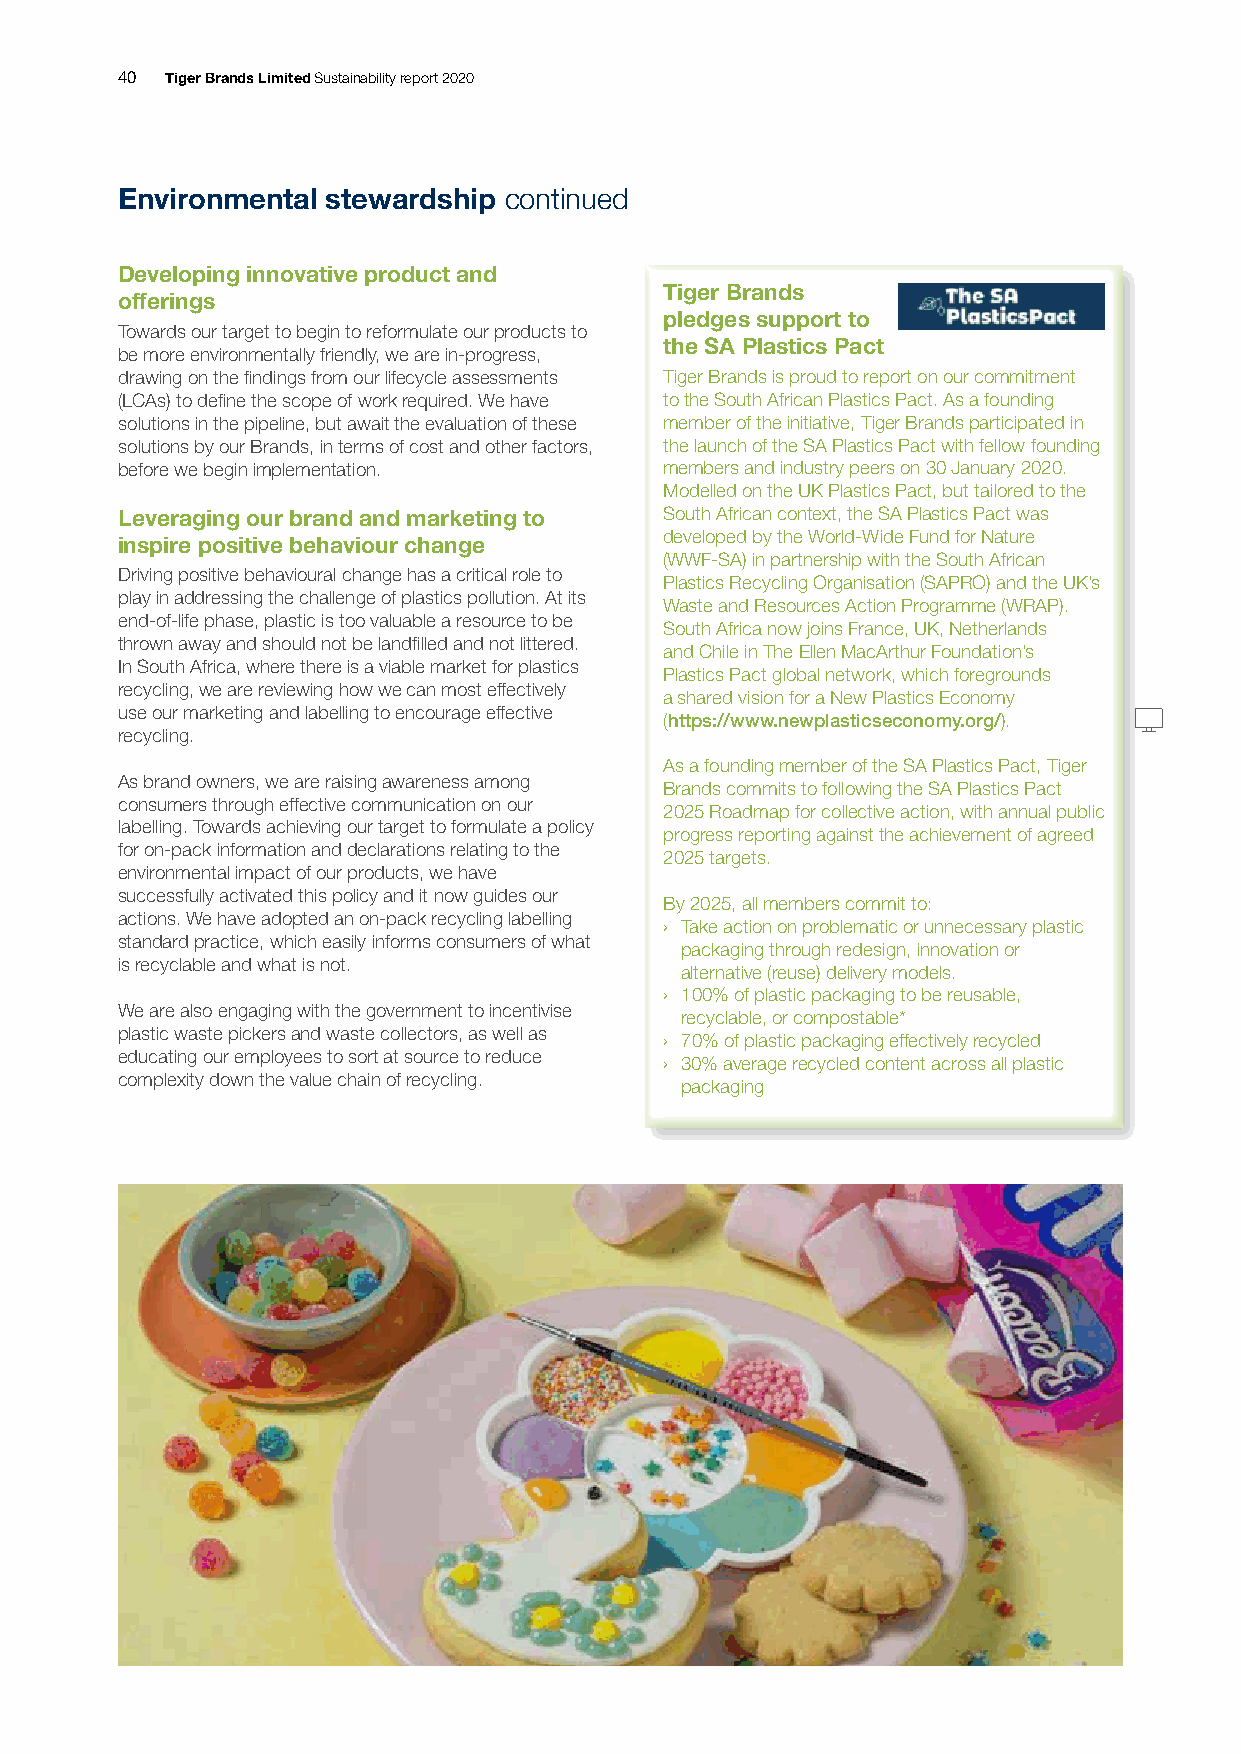
40 Tiger Brands Limited Sustainability report 2020
 Environmental stewardship continued
 Developing innovative product and
 Tiger Brands
 offerings
 pledges support to
 Towards our target to begin to reformulate our products to
 the SA Plastics Pact
 be more environmentally friendly, we are in-progress,
 drawing on the findings from our lifecycle assessments Tiger Brands is proud to report on our commitment
 (LCAs) to define the scope of work required. We have to the South African Plastics Pact. As a founding
 solutions in the pipeline, but await the evaluation of these member of the initiative, Tiger Brands participated in
 solutions by our Brands, in terms of cost and other factors, the launch of the SA Plastics Pact with fellow founding
 before we begin implementation.     members and industry peers on 30 January 2020.
 Modelled on the UK Plastics Pact, but tailored to the
 Leveraging our brand and marketing to South African context, the SA Plastics Pact was
 inspire positive behaviour change   developed by the World-Wide Fund for Nature
 (WWF-SA) in partnership with the South African
 Driving positive behavioural change has a critical role to
 Plastics Recycling Organisation (SAPRO) and the UK’s
 play in addressing the challenge of plastics pollution. At its
 Waste and Resources Action Programme (WRAP).
 end-of-life phase, plastic is too valuable a resource to be
 South Africa now joins France, UK, Netherlands
 thrown away and should not be landfilled and not littered.
 and Chile in The Ellen MacArthur Foundation’s
 In South Africa, where there is a viable market for plastics
 Plastics Pact global network, which foregrounds
 recycling, we are reviewing how we can most effectively
 a shared vision for a New Plastics Economy
 use our marketing and labelling to encourage effective
 (https://www.newplasticseconomy.org/).
 recycling.
 As a founding member of the SA Plastics Pact, Tiger
 As brand owners, we are raising awareness among
 Brands commits to following the SA Plastics Pact
 consumers through effective communication on our
 2025 Roadmap for collective action, with annual public
 labelling. Towards achieving our target to formulate a policy
 progress reporting against the achievement of agreed
 for on-pack information and declarations relating to the
 2025 targets.
 environmental impact of our products, we have
 successfully activated this policy and it now guides our
 By 2025, all members commit to:
 actions. We have adopted an on-pack recycling labelling
 › Take action on problematic or unnecessary plastic
 standard practice, which easily informs consumers of what
 packaging through redesign, innovation or
 is recyclable and what is not.
 alternative (reuse) delivery models.
 › 100% of plastic packaging to be reusable,
 We are also engaging with the government to incentivise
 recyclable, or compostable*
 plastic waste pickers and waste collectors, as well as
 › 70% of plastic packaging effectively recycled
 educating our employees to sort at source to reduce
 › 30% average recycled content across all plastic
 complexity down the value chain of recycling.
 packaging